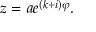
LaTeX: z = a e ^ { ( k + i ) \varphi } .